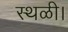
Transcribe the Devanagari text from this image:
स्थळी।